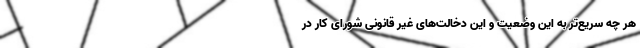
هر چه سریع‌تر به این وضعیت و این دخالت‌های غیر قانونی شورای کار در